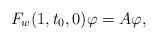
LaTeX: \begin{align*}F_{w}(1,t_{0},0)\varphi=A\varphi,\end{align*}